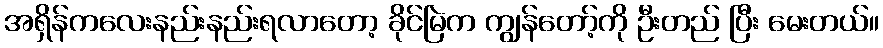
အရှိန်ကလေးနည်းနည်းရလာတော့ ခိုင်မြဲက ကျွန်တော့်ကို ဦးတည် ပြီး မေးတယ်။